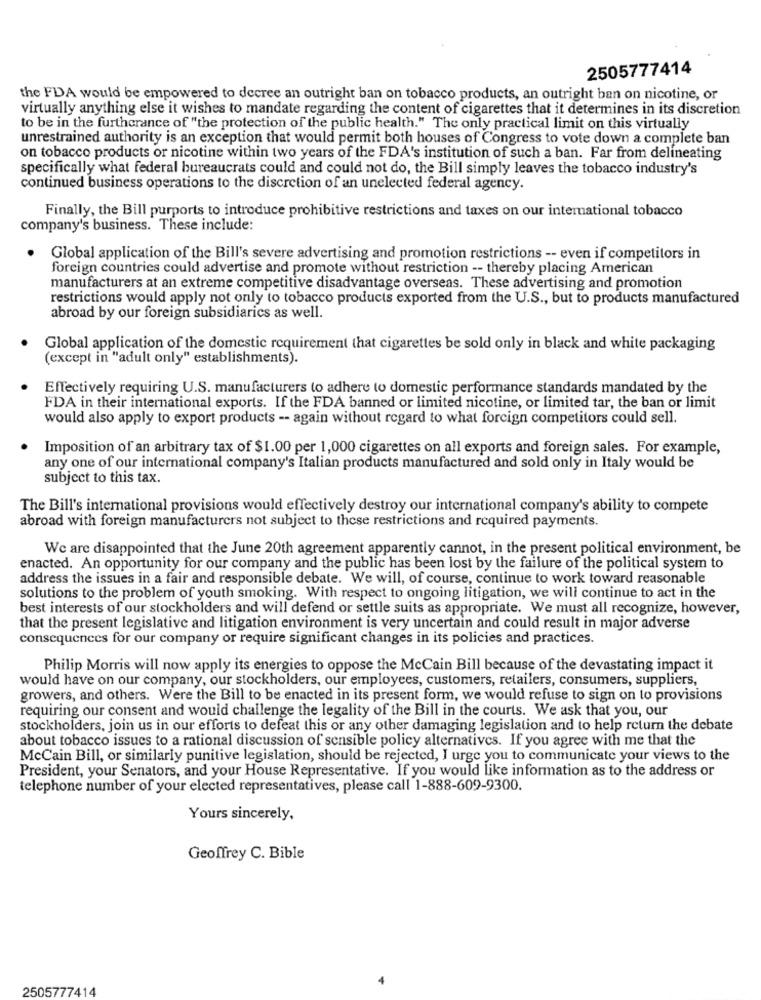
2505777414
the FDA would be empowered to decree an outright ban on tobacco products, an outright ban on nicotine, or
virtually anything else it wishes to mandate regarding the content of cigarettes that it determines in its discretion
to be in the furtherance of "the protection of the public health." The only practical limit on this virtually
unrestrained authority is an exception that would permit both houses of Congress to vote down a complete ban
on tobacco products or nicotine within two years of the FDA's institution of such a ban. Far from delineating
specifically what federal bureaucrats could and could not do, the Bill simply leaves the tobacco industry's
continued business operations to the discretion of an unelected federal agency.
Finally, the Bill purports to introduce prohibitive restrictions and taxes on our international tobacco
company's business. These include:
Global application of the Bill's severe advertising and promotion restrictions -- even if competitors in
foreign countries could advertise and promote without restriction -- thereby placing American
manufacturers at an extreme competitive disadvantage overseas. These advertising and promotion
restrictions would apply not only to tobacco products exported from the U.S ., but to products manufactured
abroad by our foreign subsidiarics as well.
Global application of the domestic requirement that cigarettes be sold only in black and white packaging
(except in "adult only" establishments).
Effectively requiring U.S. manufacturers to adhere to domestic performance standards mandated by the
FDA in their international exports. If the FDA banned or limited nicotine, or limited tar, the ban or limit
would also apply to export products -- again without regard to what foreign competitors could sell.
Imposition of an arbitrary tax of $1.00 per 1,000 cigarettes on all exports and foreign sales. For example,
any one of our international company's Italian products manufactured and sold only in Italy would be
subject to this tax.
The Bill's international provisions would effectively destroy our international company's ability to compete
abroad with foreign manufacturers not subject to these restrictions and required payments.
We are disappointed that the June 20th agreement apparently cannot, in the present political environment, be
enacted. An opportunity for our company and the public has been lost by the failure of the political system to
address the issues in a fair and responsible debate. We will, of course, continue to work toward reasonable
solutions to the problem of youth smoking. With respect to ongoing litigation, we will continue to act in the
best interests of our stockholders and will defend or settle suits as appropriate. We must all recognize, however,
that the present legislative and litigation environment is very uncertain and could result in major adverse
consequences for our company or require significant changes in its policies and practices.
Philip Morris will now apply its energies to oppose the McCain Bill because of the devastating impact it
would have on our company, our stockholders, our employees, customers, retailers, consumers, suppliers,
growers, and others. Were the Bill to be enacted in its present form, we would refuse to sign on to provisions
requiring our consent and would challenge the legality of the Bill in the courts. We ask that you, our
stockholders, join us in our efforts to defeat this or any other damaging legislation and to help return the debate
about tobacco issues to a rational discussion of sensible policy alternatives. If you agree with me that the
McCain Bill, or similarly punitive legislation, should be rejected, I urge you to communicate your views to the
President, your Senators, and your House Representative. If you would like information as to the address or
telephone number of your elected representatives, please call 1-888-609-9300.
Yours sincerely,
Geoffrey C. Bible
2505777414